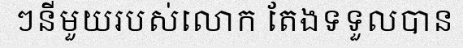
ៗនីមួយរបស់លោក តែងទទួលបាន